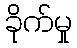
ခိုက်မှု